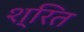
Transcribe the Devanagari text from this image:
श्रित